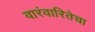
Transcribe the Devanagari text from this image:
वारंवारितेचा